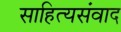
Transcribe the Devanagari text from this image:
साहित्यसंवाद